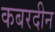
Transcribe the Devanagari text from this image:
कबरदीन